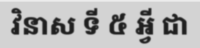
វិនាស ទី ៥ អ្វី ជា